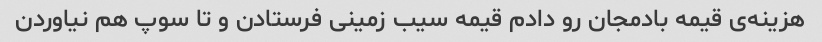
هزینه‌ی قیمه بادمجان رو دادم قیمه سیب زمینی فرستادن و تا سوپ هم نیاوردن